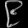
Digit: ၉